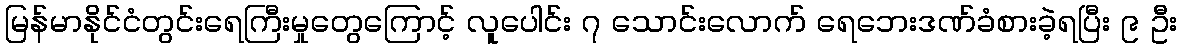
မြန်မာနိုင်ငံတွင်းရေကြီးမှုတွေကြောင့် လူပေါင်း ၇ သောင်းလောက် ရေဘေးဒဏ်ခံစားခဲ့ရပြီး ၉ ဦး